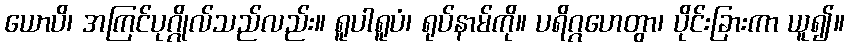
ယောပိ၊ အကြင်ပုဂ္ဂိုလ်သည်လည်း။ ရူပါရူပံ၊ ရုပ်နာမ်ကို။ ပရိဂ္ဂဟေတွာ၊ ပိုင်းခြားကာ ယူ၍။